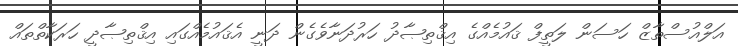
އަލްއުސްތާޒް ހަސަން ލަތީފް ޤައުމެއްގެ އިޤްތިޞާދު ހަރުދަނާވެގެން ދަނީ އެޤައުމެއްގައި އިޤްތިޞާދީ ހަރަކާތްތައް